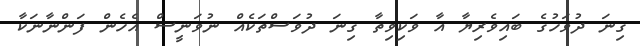
ގިނަ ދުވަހުގެ ބައިވެރިޔާ އާ ވަކިވިތާ ގިނަ ދުވަސްތަކެއް ނުވަނީސް އެހެން ފަންނާނަކާ